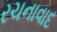
રચનાવાદ